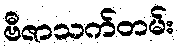
ဗီဇာသက်တမ်း